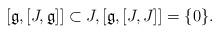
LaTeX: \begin{align*}[\mathfrak{g},[J,\mathfrak{g}]]\subset J, [\mathfrak{g},[J,J]]=\{0\}.\end{align*}